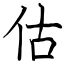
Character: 估